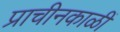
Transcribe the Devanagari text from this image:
प्राचीनकाळीं